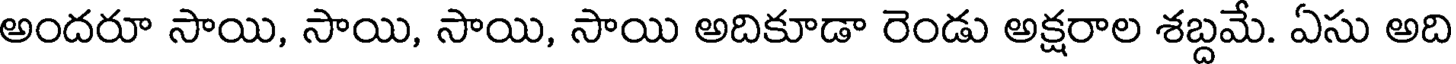
అందరూ సాయి, సాయి, సాయి, సాయి అదికూడా రెండు అక్షరాల శబ్దమే. ఏసు అది